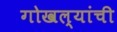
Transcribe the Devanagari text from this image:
गोखल्यांची